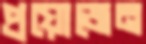
প্রয়োজেন